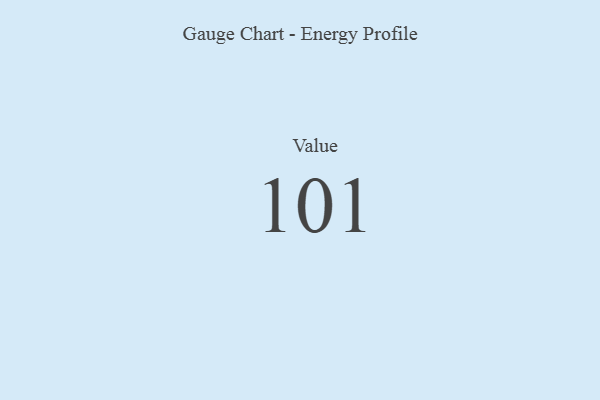
{"axis": {"x": "Metric", "y": "Value"}, "legend": [""], "data": [{"x": "Value", "y": 101, "type": ""}]}